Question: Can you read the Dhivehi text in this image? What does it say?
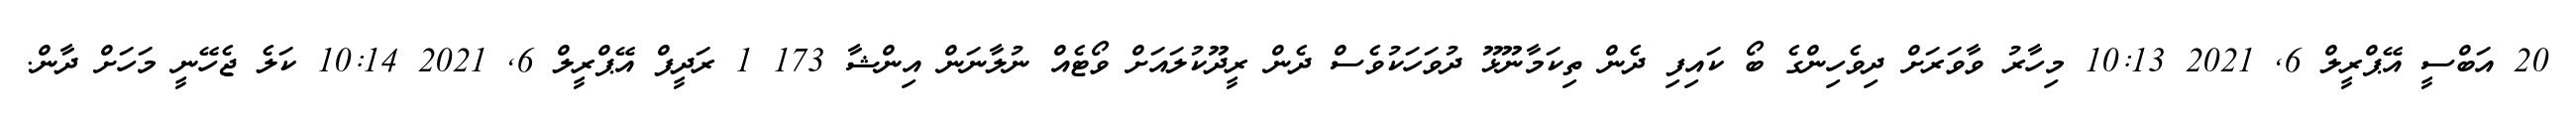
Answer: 20 އަބްސީ އޭޕްރީލް 6, 2021 10:13 މިހާރު ވާވަރަށް ދިވެހިންގެ ބޯ ކައިފި ދެން ތިކަމާނޫޅޫ ދުވަހަކުވެސް ދެން ރީދޫކުލައަށް ވޯޓެއް ނުލާނަން އިންޝާ 173 1 ރަދީފް އޭޕްރީލް 6, 2021 10:14 ކަލެ ޖެހޭނީ މަހަށް ދާން.